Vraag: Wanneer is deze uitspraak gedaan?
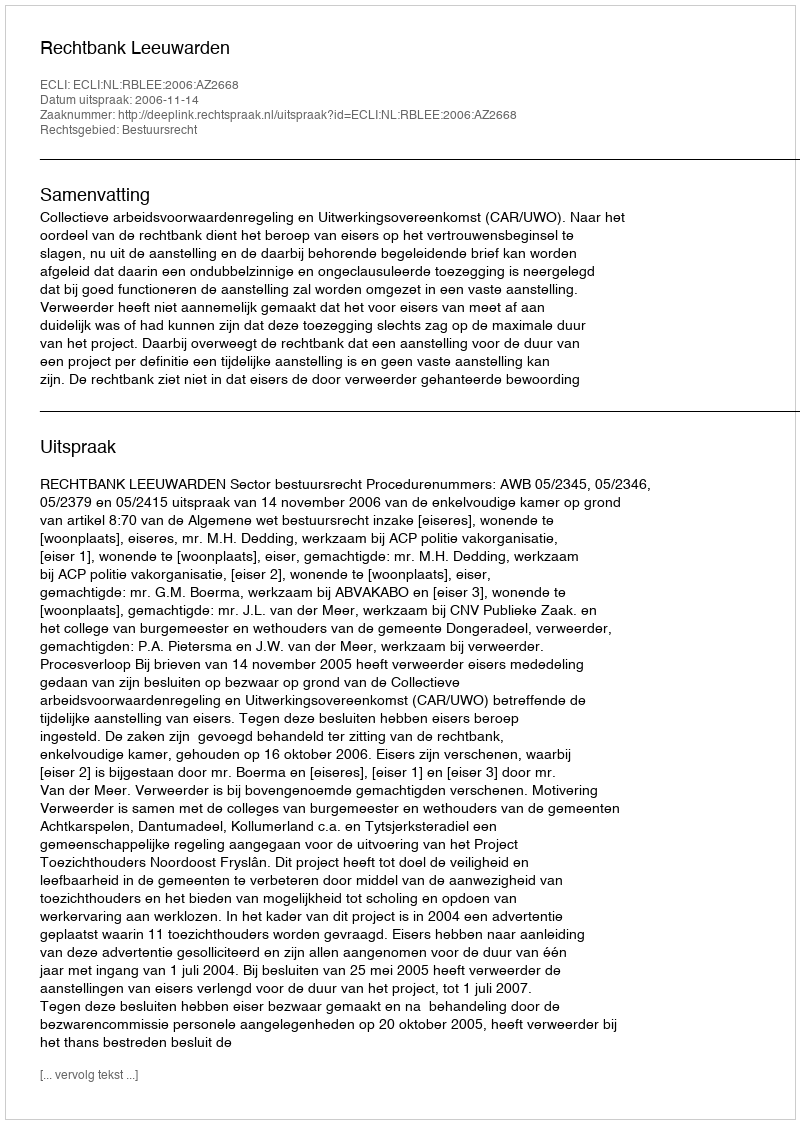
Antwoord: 2006-11-14